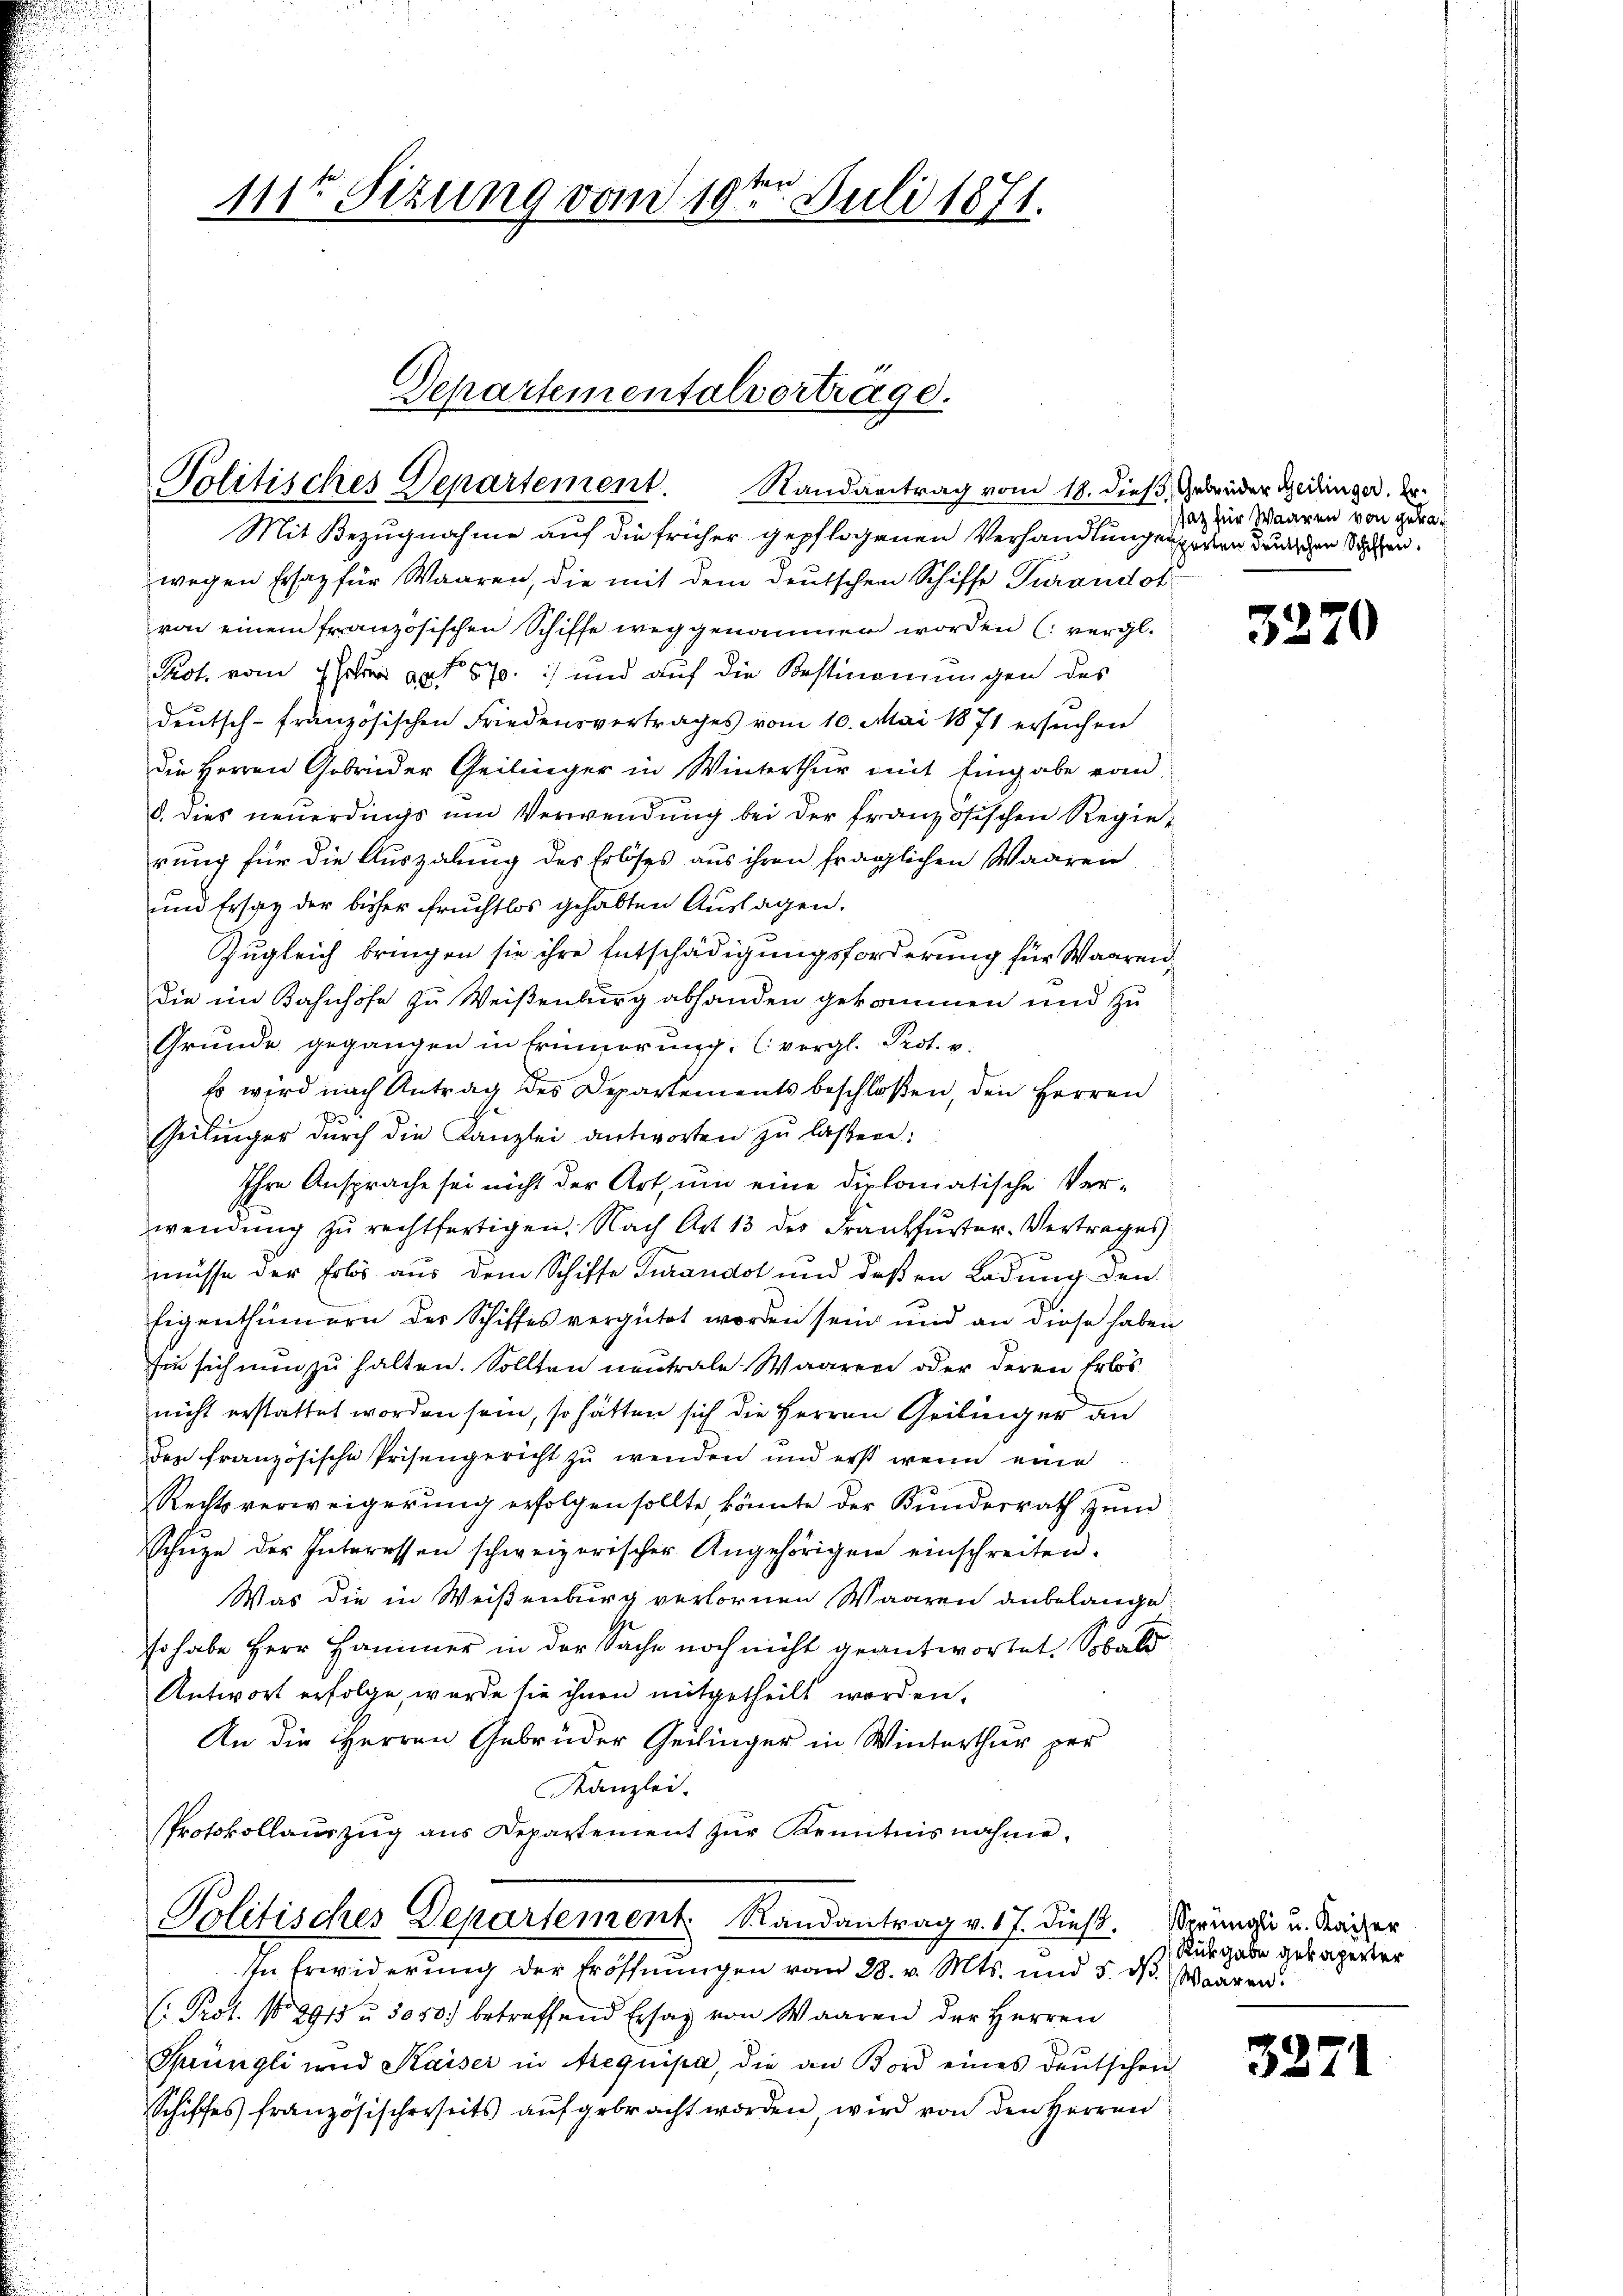
111ten Sizung vom 10ten Juli 1871.

Politisches Departement. Randantrag vom 18. dieß. Gebrüder Geilinger. Er

Mit Bezugnahme auf die früher gepflogenen Verhandlungen gesten dunschen Sachen.
wegen Ersaz für Waaren, die mit dem deutschen Schiffe Turandot
von einem französischen Schiffe weggenommen worden (vergl.
Pot. vom 7 Jahre an 570.) und auf die Bestimmungen des
deutsch-französischen Friedensvertrages vom 10. Mai 1871 ersuchen
die Herren Gebrüder Geilinger in Winterthur mit Eingabe vom
8. dies neuerdings um Verwendung bei der Französischen Regierung für die Auszalung des Erlöses aus ihren fraglichen Waaren
und Ersatz der bisher fruchtlos gehabten Auslagen.
Zugleich bringen sie ihre Entschädigungsforderung für Waarendie im Bahnhofe zu Weisenburg abhanden gekommen und zu
Gründe gegangen in Erinnerung (vergl. Prot. v.
Es wird nach Antrag des Departements beschloßen, den Herren
steilinger dŭrch die Kanzlei antworten zŭ lassen:
Ihre Ansprache sei nicht der Art, um eine diplomatische Verwendung zu rechtfertigen. Nach Art 13 des Frankfurter-Vertrages
müsse der Erlös aus dem Schiffe Turandot und deßen Ladung den
Eigenthümern der Schiffes vergütet worden sein und an diese haben
sie sich nun zu halten. Sollten neutrale Waaren oder deren Erlösnicht erstattet worden sein, so hätten sich die Herren Geilinger an
den französische Prisengericht zu wenden und erst wenn eine
.
Rechtsverweigerung erfolgen sollte, könnte der Kunderrath zum
Schŭze der Interessen schweizerischer Angehörigen einschreiten.
Was die in Weißenburg verlornen Waaren anbelange
so habe Herr Hammer in der Sache noch nicht geantwortet. Sobald
Antwort erfolge, wurde sie ihnen mitgetheilt worden,
An die Herren Gebrüder Geilinger in Winterthur per
Kanzlei.
Protokollaŭszŭg ans Departement zŭr Kenntnisnahme.
Politisches Departement Randantrag v. 17. dieß. Sprüngli u. Kaiser
In Erwiderung der Eröffnungen vom 28. v. Mts. und 5. ds. Waaren.
(. Prot. No 8913 u. 5000. betreffend Ersaz von Waaren der Herren
Sprüngli und Kaiser in Arequipa, die an Bord eines deutschein-
Schiffes französischerseits aŭfgebracht worden, wird von den Herren

Departementalvertrage.

satz für Waaren von gera¬

3270

Rückgabe gekaperter

3271